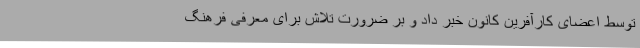
توسط اعضای کارآفرین کانون خبر داد و بر ضرورت تلاش برای معرفی فرهنگ